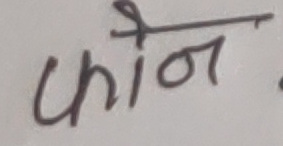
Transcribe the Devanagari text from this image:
फोन